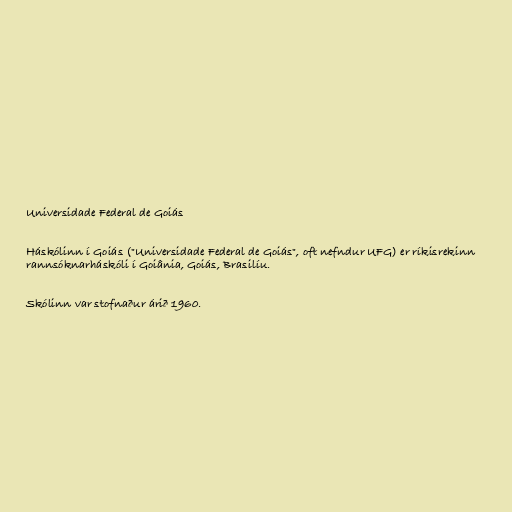
Universidade Federal de Goiás

Háskólinn í Goiás ("Universidade Federal de Goiás", oft nefndur UFG) er ríkisrekinn
rannsóknarháskóli í Goiânia, Goiás, Brasilíu.

Skólinn var stofnaður árið 1960.